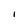
Character: 1